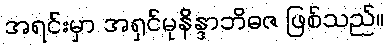
အရင်းမှာ အရှင်မုနိန္ဒာဘိဓဇ ဖြစ်သည်။